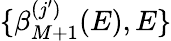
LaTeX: \{ \beta_{M+1}^{(j^{\prime})}(E),E\}